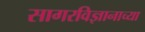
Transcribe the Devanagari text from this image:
सागरविज्ञानाच्या